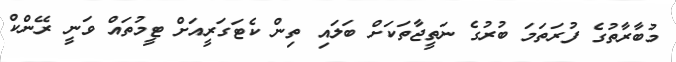
މުބާރާތުގެ ފުރަތަމަ ބުރުގެ ނަތީޖާތަކަށް ބަލައި ތިން ކެޓަގަރީއަށް ޓީމުތައް ވަނީ ރޭންކް